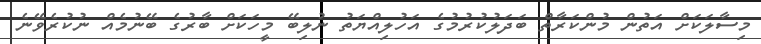
މިސާލަކަށް އަތުން މުންކަރާތް ބަދަލުކުރުމުގެ އަހުލިއްޔަތު ނުލިބޭ މީހަކަށް ބާރުގެ ބޭނުމެއް ނުކުރެވޭނެ